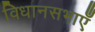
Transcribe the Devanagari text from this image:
विधानसभाएँ